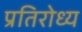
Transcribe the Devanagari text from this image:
प्रतिरोध्य